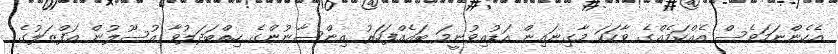
އެހެންނަމަވެސް އެއްކަމެއްގެ ވާހަކަ މާގިނައިން އަޑުއިވުނީމަ ބައެއްފަހަރު އިންސާނުންގެ ހިތްބަދަލުވާ އުސޫލުން އަފްޒަލުގެ